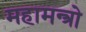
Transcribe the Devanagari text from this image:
महामन्त्रो